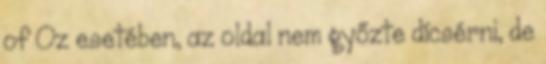
of Oz esetében, az oldal nem győzte dícsérni, de